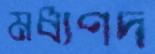
মধ্যপদ